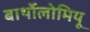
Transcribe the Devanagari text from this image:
बार्थोलोमियू